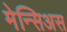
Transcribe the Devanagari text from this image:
मेन्सिअस